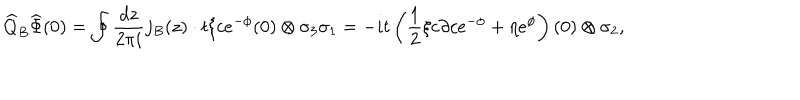
\widehat { Q } _ { B } \widehat { \Phi } ( 0 ) = \oint \frac { d z } { 2 \pi i } j _ { B } ( z ) \cdot t \xi c e ^ { - \phi } ( 0 ) \otimes \sigma _ { 3 } \sigma _ { 1 } = - i t \left( \frac { 1 } { 2 } \xi c \partial c e ^ { - \phi } + \eta e ^ { \phi } \right) ( 0 ) \otimes \sigma _ { 2 } ,